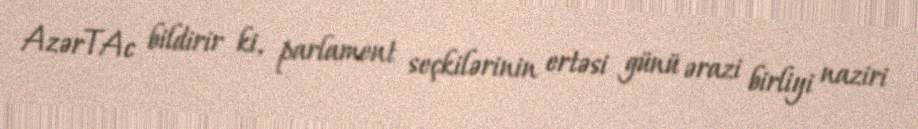
AzərTAc bildirir ki, parlament seçkilərinin ertəsi günü ərazi birliyi naziri